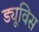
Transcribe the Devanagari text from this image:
ड्यूविस